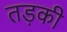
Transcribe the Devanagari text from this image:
तड़की